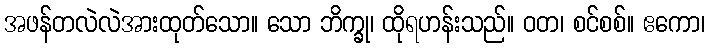
အဖန်တလဲလဲအားထုတ်သော။ သော ဘိက္ခု၊ ထိုရဟန်းသည်။ ဝတ၊ စင်စစ်။ ဧကော၊